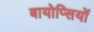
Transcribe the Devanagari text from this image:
बायोप्‍िसयों